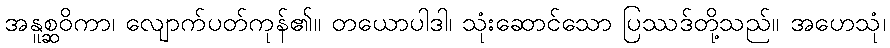
အနူစ္ဆဝိကာ၊ လျောက်ပတ်ကုန်၏။ တယောပါဒါ၊ သုံးဆောင်သော ပြဿဒ်တို့သည်။ အဟေသုံ၊